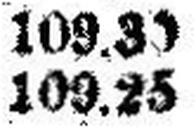
109.25